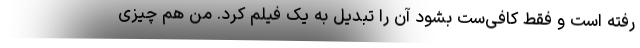
رفته است و فقط کافی‌ست بشود آن را تبدیل به یک فیلم کرد. من هم چیزی